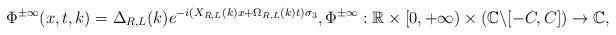
LaTeX: \begin{align*} \Phi^{\pm\infty}(x,t,k)=\Delta_{R,L}(k)e^{-i(X_{R,L}(k)x+\Omega_{R,L}(k)t)\sigma_3}, \Phi^{\pm\infty}:\mathbb{R}\times[0,+\infty)\times(\mathbb{C}\backslash[-C,C])\rightarrow\mathbb{C},\end{align*}